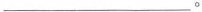
___。